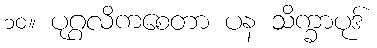
၁၀။ ပုဂ္ဂလိကစေတာ ပန သိက္ခာပုဒ်